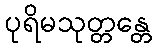
ပုရိမသုတ္တန္တေ